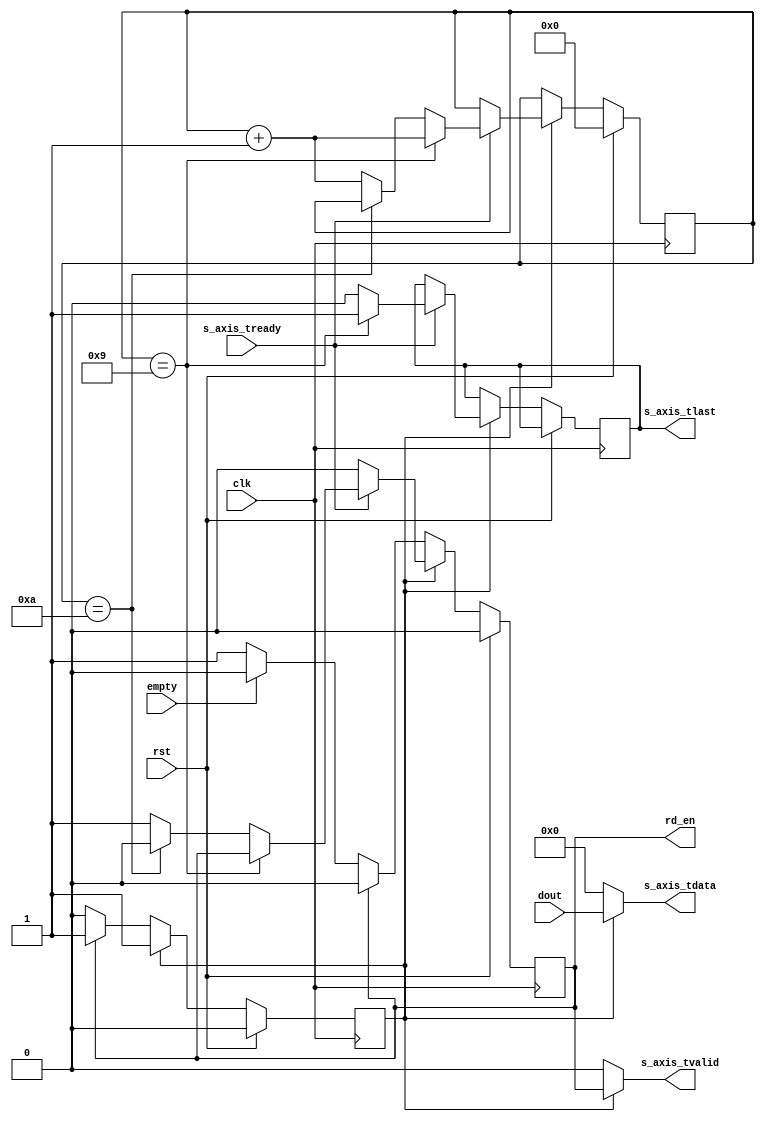
module fifo_reader#(parameter num_to_read = 10, DATA_WIDTH = 16)(
    input wire clk,
    input wire rst,
    input wire [DATA_WIDTH-1:0] dout,
    output reg rd_en,
    input wire empty,
    input wire s_axis_tready,       
    output wire s_axis_tvalid,
    output reg s_axis_tlast,
    output wire [DATA_WIDTH-1:0]s_axis_tdata  
);
// ------------- Implementing The FIFO To AXI4 ---------------------------
// -------------_ Reading X Data ---------------------------------------

assign s_axis_tdata = (~rst_done)?{(DATA_WIDTH-1){1'b0}}:dout;  // If not rst_done, tdataout = 0, else = dout
assign s_axis_tvalid = (~rst_done)?0:rd_en;         // If Not rst_done, s_axis_tavlid = 0, else = rd_en


reg[$clog2(num_to_read):0] cnt;       // Based On The Parameter
reg rst_done;

always@(posedge clk) begin
    // For The First Time
    // FIFO will read an invalid Data From Former Module
    // If fifo is not empty
    // Will Read An Invalid Value
    // So We Read One In Advance
    if (rst)  begin
        rst_done <= 0;
        rd_en <= 0;
        cnt <= 0;
        
    end
    else begin
        if (!rst_done) begin
            // For The first Time held rd_en HIGH for 1 clk
            if (!empty) begin
                rd_en <= 1;
            end

            if (rd_en) begin
                rd_en <= 0;
                rst_done <= 1;
            end 
        end

        // After Reset Done, Read N Data 
        else begin
            if (s_axis_tready) begin            // If The Latter Module Is Ready, Start Giving
                
                if (cnt == num_to_read-1) begin
                    s_axis_tlast <= 1;
                    cnt <= cnt + 1;
                end
                else if (cnt == num_to_read) begin
                    s_axis_tlast <= 0;
                    rd_en <= 0;
                end
                else begin
                    rd_en <= 1;
                    cnt <= cnt + 1;
                    s_axis_tlast = 0;
                end
                
            end
            else begin                          // If The Latter Module Is Not Ready, DONT Read FIFO
                rd_en <= 0;
            end
            
        end
           
    end
end


// // -------------- The FIFO ----------------
// fifo_generator_0 your_instance_name (
//   .clk(clk),                // input wire clk
//   .srst(rst),              // input wire srst
//   .din(din),                // input wire [15 : 0] din
//   .wr_en(wr_en),            // input wire wr_en
//   .rd_en(rd_en),            // input wire rd_en
//   .dout(dout),              // output wire [15 : 0] dout
//   .full(full),              // output wire full
//   .empty(empty),            // output wire empty
//   .data_count(data_count)  // output wire [9 : 0] data_count
// );


endmodule